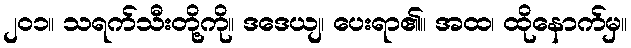
၂၀၁။ သရက်သီးတို့ကို။ ဒဒေယျ၊ ပေးရာ၏။ အထ၊ ထိုနောက်မှ။